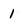
Character: 1